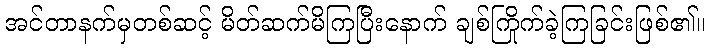
အင်တာနက်မှတစ်ဆင့် မိတ်ဆက်မိကြပြီးနောက် ချစ်ကြိုက်ခဲ့ကြခြင်းဖြစ်၏။